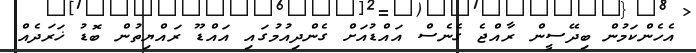
އެހެންކަމުން ބިދޭސީން ރާއްޖެ ގެނެސް އަައްޑުއަށް ގެންދިއުމުގައި އައްޑޫ ރައްޔިތުން ބޮޑު ޚަރަދެއް